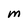
Character: M